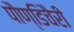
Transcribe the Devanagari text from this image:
पौण्डिचैरी